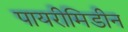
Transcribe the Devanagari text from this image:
पायरीमिडीन